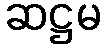
ဆဋ္ဌမ